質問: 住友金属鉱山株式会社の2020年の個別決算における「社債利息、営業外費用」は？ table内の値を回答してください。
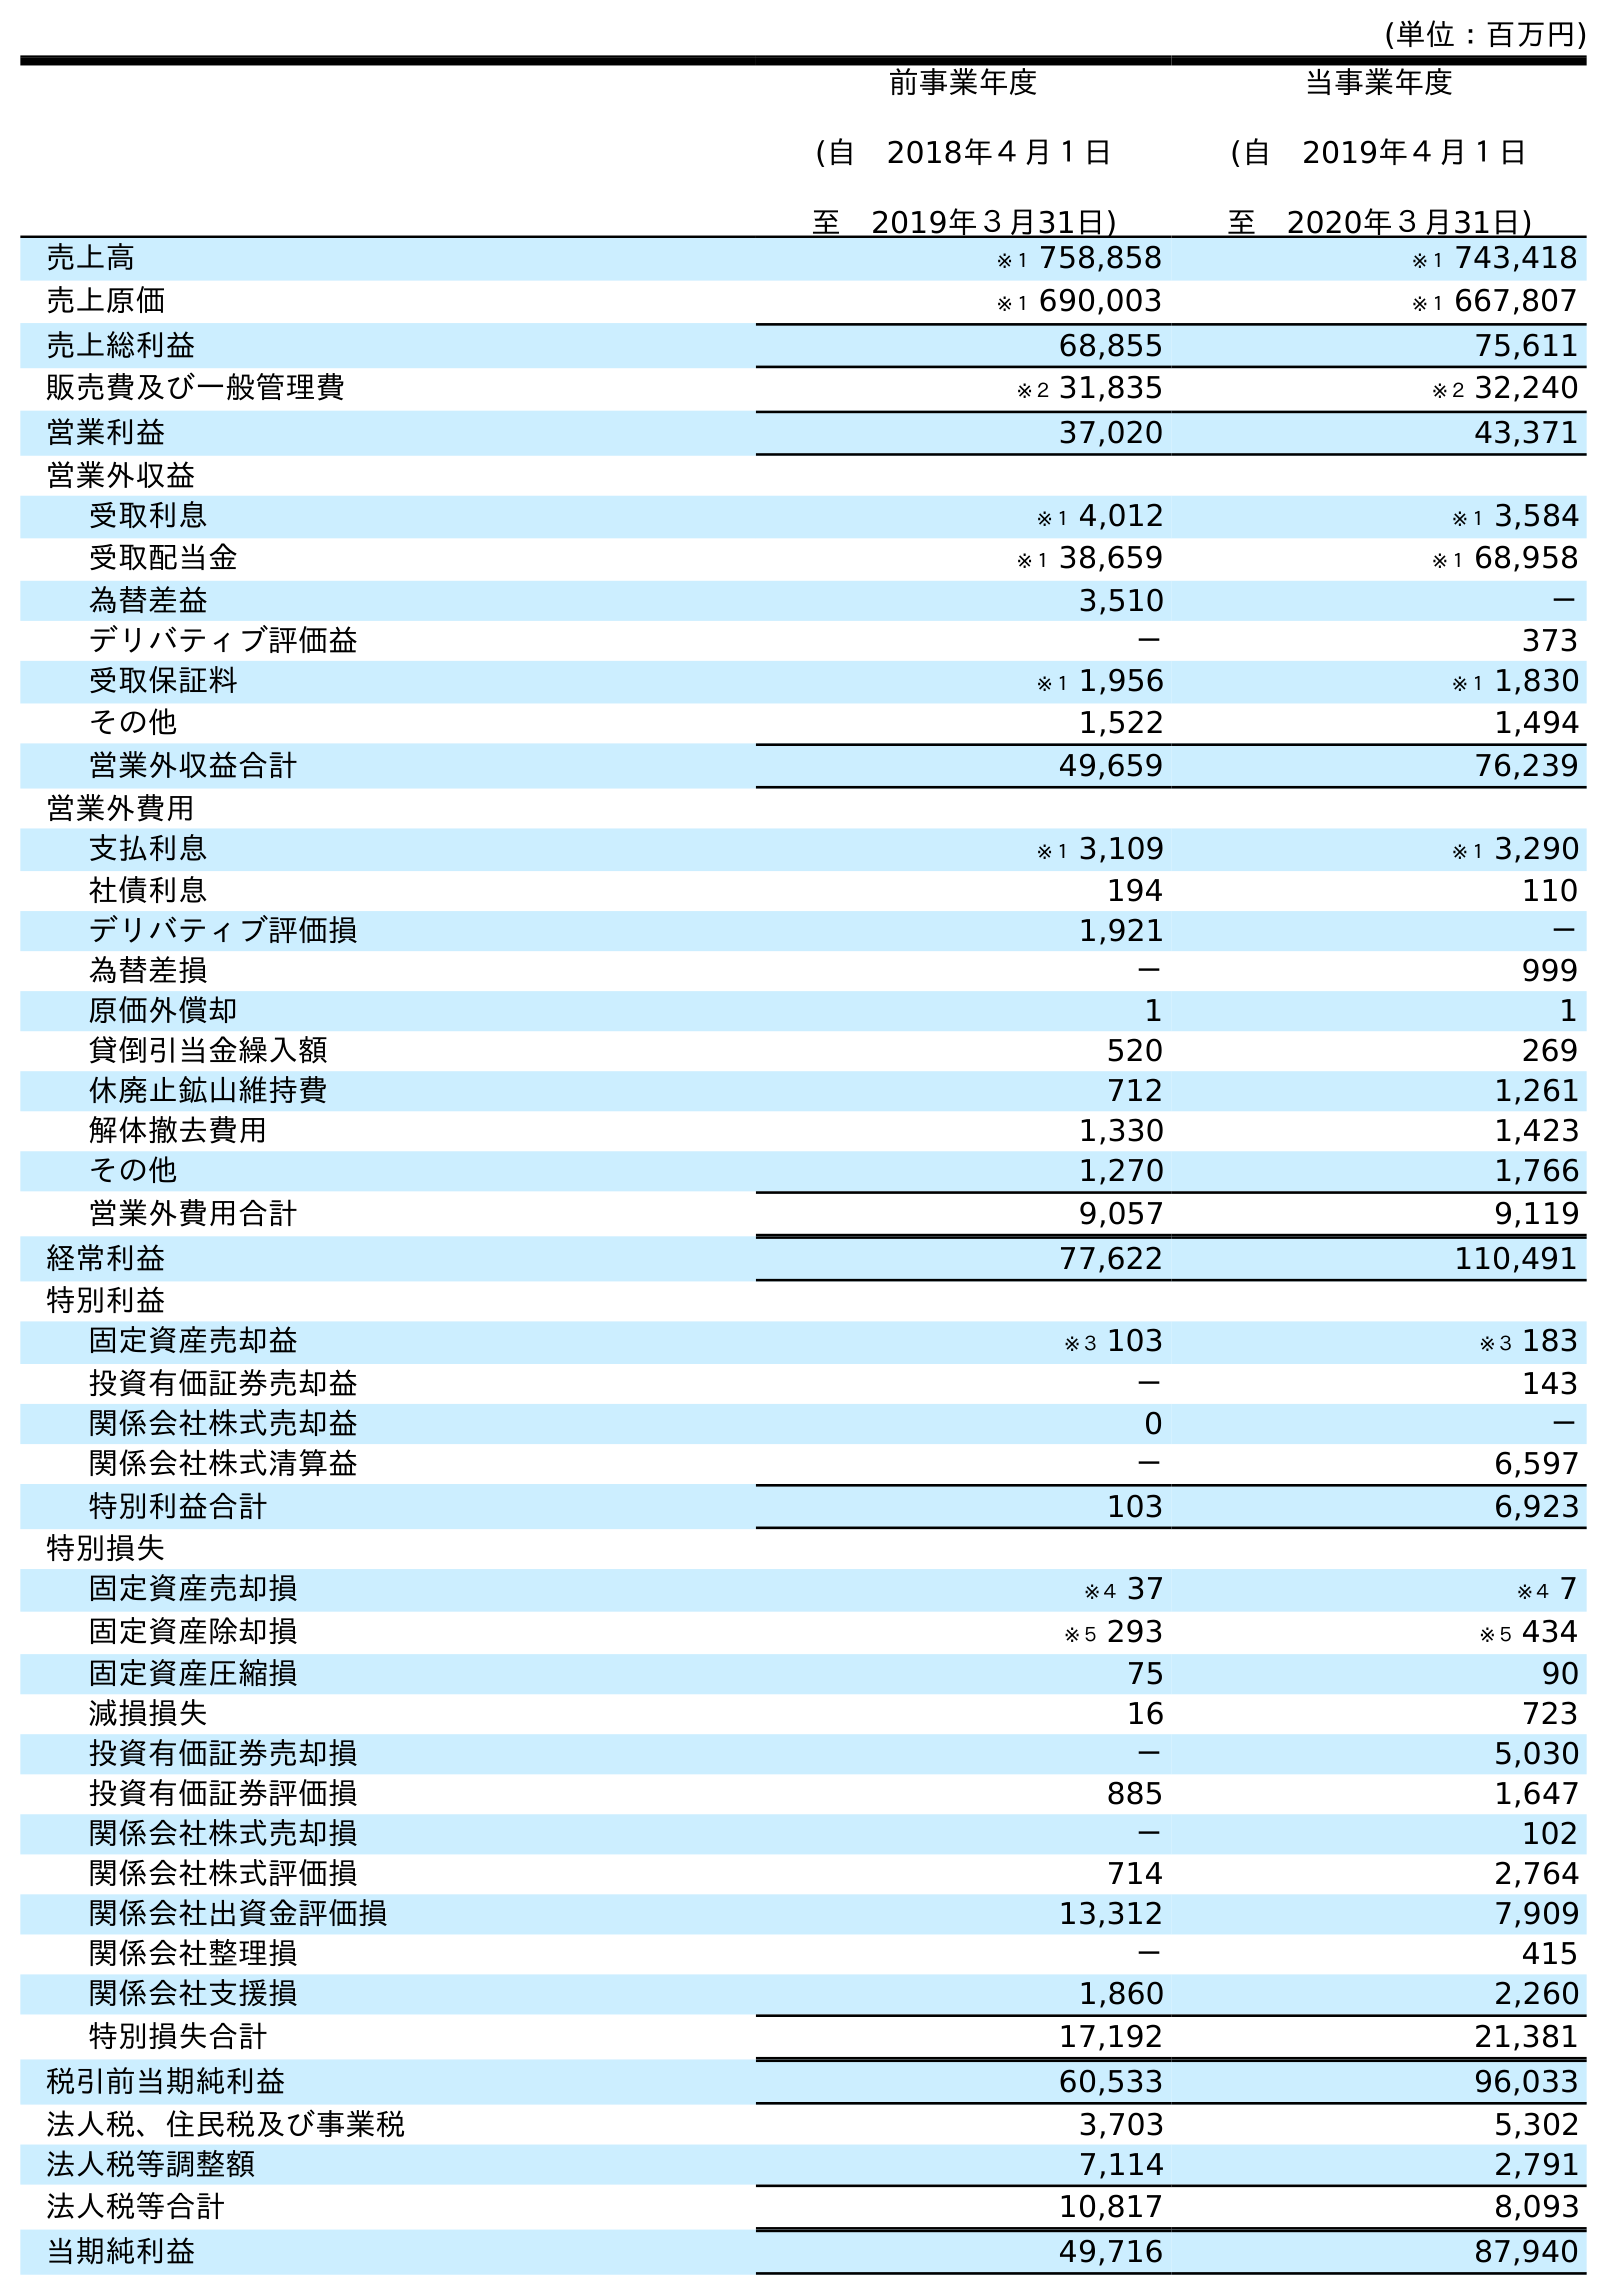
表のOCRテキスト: (単位：百万円) 前事業年度 (自 2018年４月１日 至 2019年３月31日) 当事業年度 (自 2019年４月１日 至 2020年３月31日) 売上高 ※１ 758,858 ※１ 743,418 売上原価 ※１ 690,003 ※１ 667,807 売上総利益 68,855 75,611 販売費及び一般管理費 ※２ 31,835 ※２ 32,240 営業利益 37,020 43,371 営業外収益 受取利息 ※１ 4,012 ※１ 3,584 受取配当金 ※１ 38,659 ※１ 68,958 為替差益 3,510 － デリバティブ評価益 － 373 受取保証料 ※１ 1,956 ※１ 1,830 その他 1,522 1,494 営業外収益合計 49,659 76,239 営業外費用 支払利息 ※１ 3,109 ※１ 3,290 社債利息 194 110 デリバティブ評価損 1,921 － 為替差損 － 999 原価外償却 1 1 貸倒引当金繰入額 520 269 休廃止鉱山維持費 712 1,261 解体撤去費用 1,330 1,423 その他 1,270 1,766 営業外費用合計 9,057 9,119 経常利益 77,622 110,491 特別利益 固定資産売却益 ※３ 103 ※３ 183 投資有価証券売却益 － 143 関係会社株式売却益 0 － 関係会社株式清算益 － 6,597 特別利益合計 103 6,923 特別損失 固定資産売却損 ※４ 37 ※４ 7 固定資産除却損 ※５ 293 ※５ 434 固定資産圧縮損 75 90 減損損失 16 723 投資有価証券売却損 － 5,030 投資有価証券評価損 885 1,647 関係会社株式売却損 － 102 関係会社株式評価損 714 2,764 関係会社出資金評価損 13,312 7,909 関係会社整理損 － 415 関係会社支援損 1,860 2,260 特別損失合計 17,192 21,381 税引前当期純利益 60,533 96,033 法人税、住民税及び事業税 3,703 5,302 法人税等調整額 7,114 2,791 法人税等合計 10,817 8,093 当期純利益 49,716 87,940
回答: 110